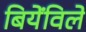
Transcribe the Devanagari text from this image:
बियेंविले